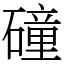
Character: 䃥